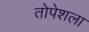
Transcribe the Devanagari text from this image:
तोपेशला